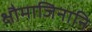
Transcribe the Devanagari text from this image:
क्षौमाजिनानि